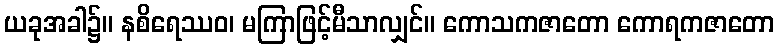
ယခုအခါ၌။ နစိရေဿဝ၊ မကြာဖြင့်မီသာလျှင်။ ကောသကဇာတော ကောရကဇာတော